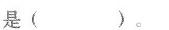
是（）。